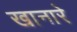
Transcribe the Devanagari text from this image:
खानारे